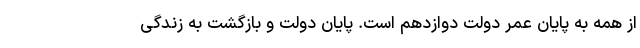
از همه به پایان عمر دولت دوازدهم است. پایان دولت و بازگشت به زندگی